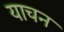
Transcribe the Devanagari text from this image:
याचन